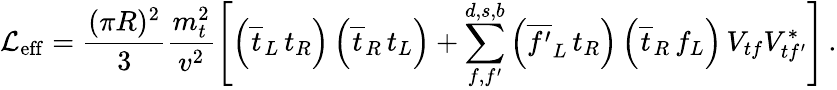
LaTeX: {\mathcal{L}}_{\mathrm{eff}}=\frac{(\pi R)^{2}}{3}\frac{m_{t}^{2}}{v^{2}}\left[\left(\overline{{{t}}}_{L}\, t_{R}\right)\left(\overline{{{t}}}_{R}\, t_{L}\right)+\sum_{f,f^{\prime}}^{d,s,b}\left(\overline{{{f^{\prime}}}}_{L}\, t_{R}\right)\left(\overline{{{t}}}_{R}\, f_{L}\right)\, V_{tf}V_{tf^{\prime}}^{*}\right]\, .